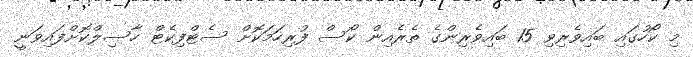
މި ކޯހުގައި ބައިވެރިވި 15 ބައިވެރިންގެ ތެރެއިން ކޯސް ފުރިހަމަކޮށް ސެޓްފިކެޓް ހާސިލްކޮށްފައިވަނީ